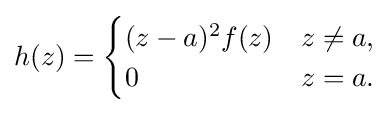
h(z)={\begin{cases}(z-a)^{2}f(z)&z\neq a,\\0&z=a.\end{cases}}